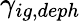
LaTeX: \gamma_{ig,deph}